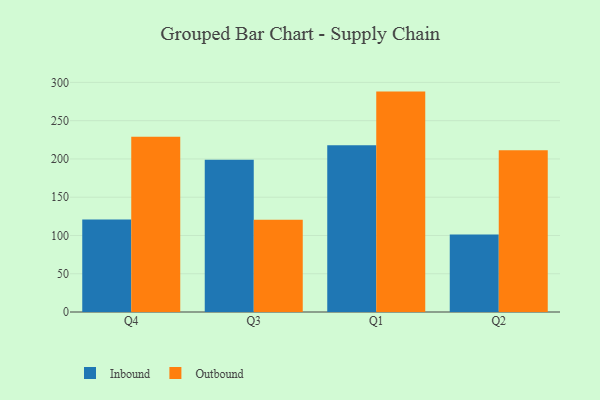
{"axis": {"x": "Quarter", "y": "Bounce Rate (%)"}, "legend": ["Inbound", "Outbound"], "data": [{"x": "Q4", "y": 120.9, "type": "Inbound"}, {"x": "Q4", "y": 229.1, "type": "Outbound"}, {"x": "Q3", "y": 198.9, "type": "Inbound"}, {"x": "Q3", "y": 120.6, "type": "Outbound"}, {"x": "Q1", "y": 217.9, "type": "Inbound"}, {"x": "Q1", "y": 288.0, "type": "Outbound"}, {"x": "Q2", "y": 101.4, "type": "Inbound"}, {"x": "Q2", "y": 211.3, "type": "Outbound"}]}